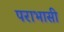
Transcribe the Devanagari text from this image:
पराभासी